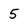
Character: 5